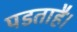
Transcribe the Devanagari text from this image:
पडताहै।